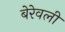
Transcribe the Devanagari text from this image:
बेरेवली